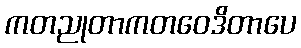
ကတညုတာကတဝေဒိတာပေ